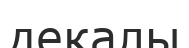
декалы